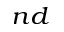
^ { n d }